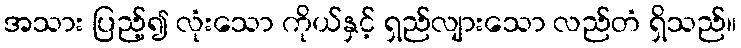
အသား ပြည့်၍ လုံးသော ကိုယ်နှင့် ရှည်လျားသော လည်တံ ရှိသည်။